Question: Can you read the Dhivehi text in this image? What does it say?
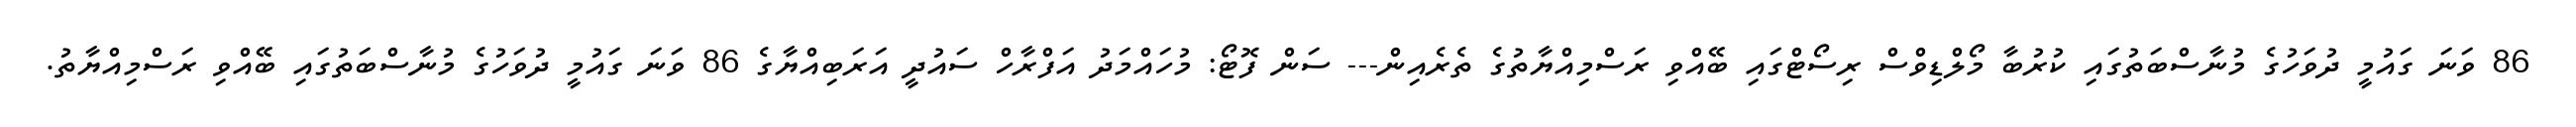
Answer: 86 ވަނަ ގައުމީ ދުވަހުގެ މުނާސްބަތުގައި ކުރުބާ މޯލްޑިވްސް ރިސޯޓްގައި ބޭއްވި ރަސްމިއްޔާތުގެ ތެރެއިން--- ސަން ފޮޓޯ: މުހައްމަދު އަފްރާހް ސައުދީ އަރަބިއްޔާގެ 86 ވަނަ ގައުމީ ދުވަހުގެ މުނާސްބަތުގައި ބޭއްވި ރަސްމިއްޔާތު.